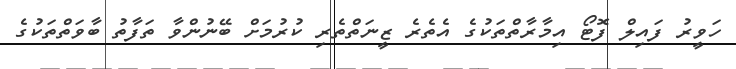
ހަވީރު ފައިލް ފޮޓޯ އިމާރާތްތަކުގެ އެތެރެ ޒީނަތްތެރި ކުރުމަށް ބޭނުންވާ ތަފާތު ބާވަތްތަކުގެ